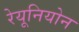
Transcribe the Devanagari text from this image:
रेयूनियोन